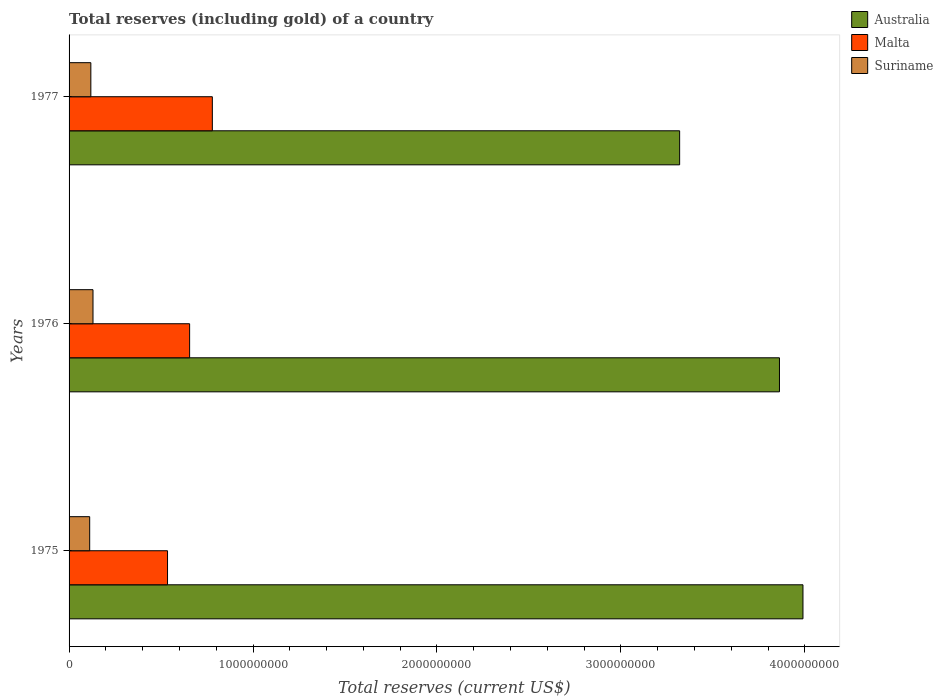
| Years | Australia | Malta | Suriname |
 | --- | --- | --- | --- |
 | 1975 | 3.99e+09 | 5.35e+08 | 1.12e+08 |
 | 1976 | 3.86e+09 | 6.55e+08 | 1.3e+08 |
 | 1977 | 3.32e+09 | 7.79e+08 | 1.18e+08 |